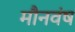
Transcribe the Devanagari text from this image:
मौनवंष